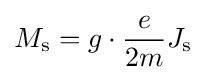
M_{\text{s}}=g\cdot {}{\frac {e}{2m}}J_{\text{s}}